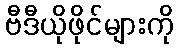
ဗီဒီယိုဖိုင်များကို